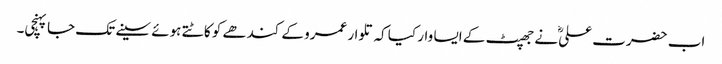
اب حضرت علیؓ نے جھپٹ کے ایسا وار کیا کہ تلوار عمرو کے کندھے کو کاٹتے ہوئے سینے تک جا پہنچی۔